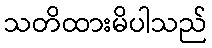
သတိထားမိပါသည်